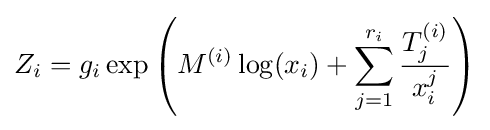
Z_{i}=g_{i}\exp \left(M^{(i)}\log(x_{i})+\sum _{j=1}^{r_{i}}{\frac {T_{j}^{(i)}}{x_{i}^{j}}}\right)